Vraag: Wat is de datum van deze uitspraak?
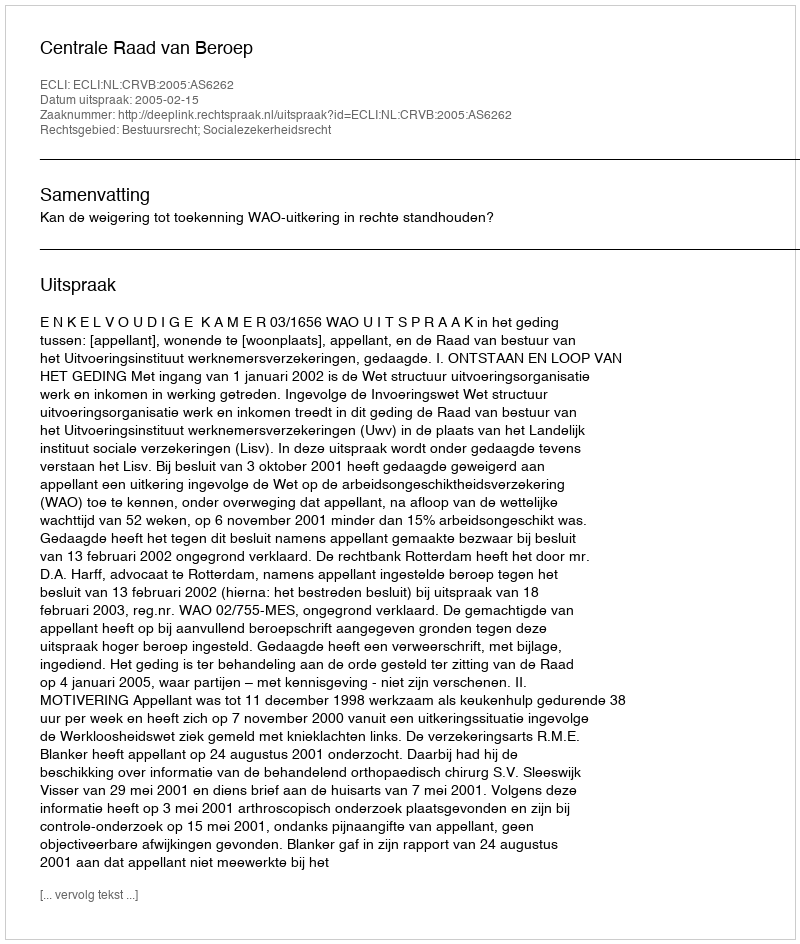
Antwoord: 2005-02-15